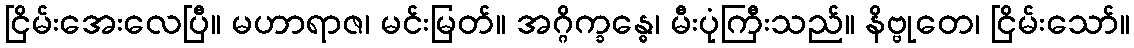
ငြိမ်းအေးလေပြီ။ မဟာရာဇ၊ မင်းမြတ်။ အဂ္ဂိက္ခန္ဓေ၊ မီးပုံကြီးသည်။ နိဗ္ဗုတေ၊ ငြိမ်းသော်။